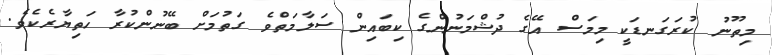
މިތޫނު ކުރަގަނޑަކީ މިމަސް އޭގެ ދުޝްމަނުންގެ ކިބައިން ސަލާމަތްވެ ގަތުމަށް ބޭނުންކުރާ ހަތިޔާރެކެވެ.